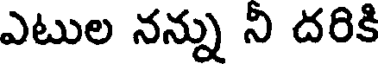
ఎటుల నన్ను నీ దరికి